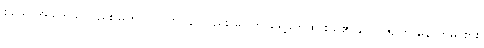
စသောအခါ ရသူလည်း မဟုတ်၊ ဝိကပ္ပနာလည်း မပြုဘဲ ရှေ့ဖိတ်ထားသူ၏ ဘောဇဉ်ကို နောက်မှ စား၊